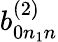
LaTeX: b_{0n_{1}n}^{(2)}